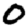
Digit: 0